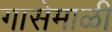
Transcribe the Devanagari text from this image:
गासेमाळी